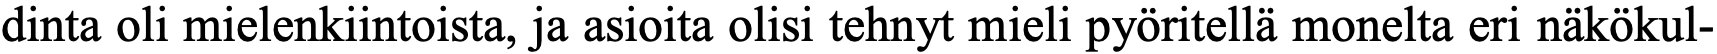
dinta oli mielenkiintoista, ja asioita olisi tehnyt mieli pyöritellä monelta eri näkökul-